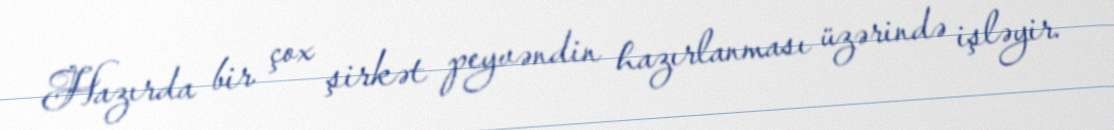
Hazırda bir çox şirkət peyvəndin hazırlanması üzərində işləyir.